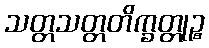
သတ္တသတ္တတိက္ခတ္တုဉ္စ